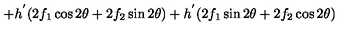
+ h ^ { ' } ( 2 f _ { 1 } \cos 2 \theta + 2 f _ { 2 } \sin 2 \theta ) + h ^ { ' } ( 2 f _ { 1 } \sin 2 \theta + 2 f _ { 2 } \cos 2 \theta )